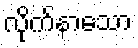
လိုက်နာသော